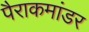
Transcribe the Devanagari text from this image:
पैराकमांडर